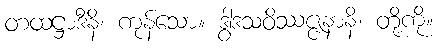
တထဋ္ဌာဒီနိ၊ ကုန်သော။ ဒွါဒသဝိဿဇ္ဇနာနိ၊ တို့ကို။